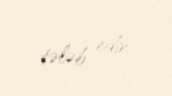
tələb edir.